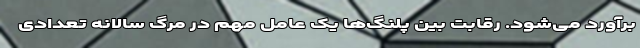
برآورد می‌شود. رقابت بین پلنگ‌ها یک عامل مهم در مرگ سالانه تعدادی